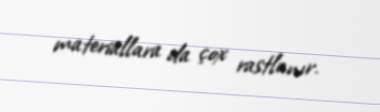
materiallara da çox rastlanır.